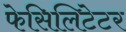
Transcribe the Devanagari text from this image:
फेसिलिटेटर